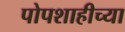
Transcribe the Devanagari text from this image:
पोपशाहीच्या